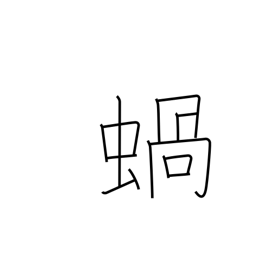
Meaning: snail